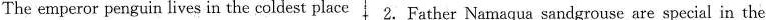
The emperor penguin lives in the coldest place 2.Father Namaqua sandgrouse are special in the